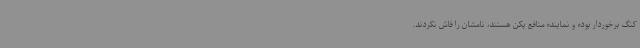
کنگ برخوردار بوده و نماینده منافع پکن هستند، نامشان را فاش نکردند.